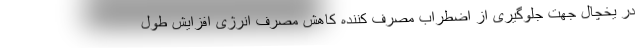
در یخچال جهت جلوگیری از اضطراب مصرف کننده کاهش مصرف انرژی افزایش طول